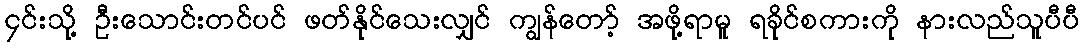
၄င်းသို့ ဦးသောင်းတင်ပင် ဖတ်နိုင်သေးလျှင် ကျွန်တော့် အဖို့ရာမူ ရခိုင်စကားကို နားလည်သူပီပီ